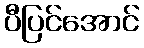
ပီပြင်အောင်